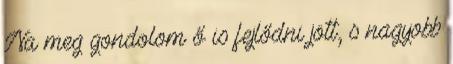
Na meg gondolom ő is fejlődni jött, s nagyobb